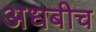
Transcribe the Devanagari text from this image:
अधबीच